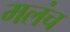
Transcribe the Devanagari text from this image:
मलंच